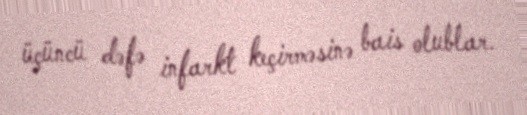
üçüncü dəfə infarkt keçirməsinə bais olublar.